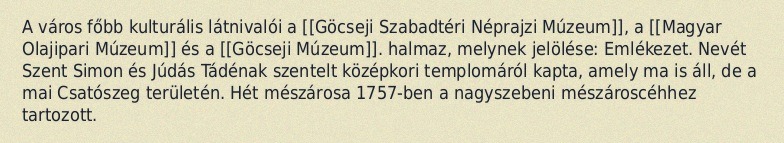
A város főbb kulturális látnivalói a [[Göcseji Szabadtéri Néprajzi Múzeum]], a [[Magyar Olajipari Múzeum]] és a [[Göcseji Múzeum]]. halmaz, melynek jelölése: Emlékezet. Nevét Szent Simon és Júdás Tádénak szentelt középkori templomáról kapta, amely ma is áll, de a mai Csatószeg területén. Hét mészárosa 1757-ben a nagyszebeni mészároscéhhez tartozott.